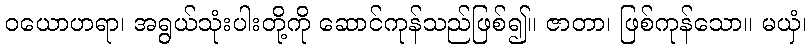
ဝယောဟရာ၊ အရွယ်သုံးပါးတို့ကို ဆောင်ကုန်သည်ဖြစ်၍။ ဇာတာ၊ ဖြစ်ကုန်သော။ မယှံ၊